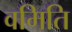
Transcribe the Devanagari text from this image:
वमिति